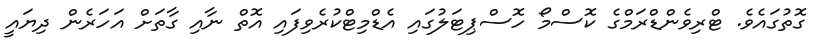
ގޮތުގައެވެ. ޓްރިވެންޑްރަމްގެ ކޮސްމޯ ހޮސްޕިޓަލުގައި އެޑްމިޓްކުރެވިފައި އޮތް ނާއި ގާތަށް އަހަރެން ދިޔައީ